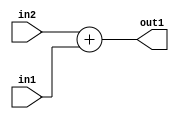
`timescale 1ps / 1ps
/*****************************************************************************
    Verilog RTL Description
    
    
    Created by: Stratus DpOpt 2019.1.01 
*******************************************************************************/

module st_feature_addr_gen_Add_16Ux8U_17U_4_2 (
	in2,
	in1,
	out1
	); /* architecture "behavioural" */ 
input [15:0] in2;
input [7:0] in1;
output [16:0] out1;
wire [16:0] asc001;

assign asc001 = 
	+(in2)
	+(in1);

assign out1 = asc001;
endmodule

/* CADENCE  ubLySQ0= : u9/ySgnWtBlWxVPRXgAZ4Og= ** DO NOT EDIT THIS LINE ******/